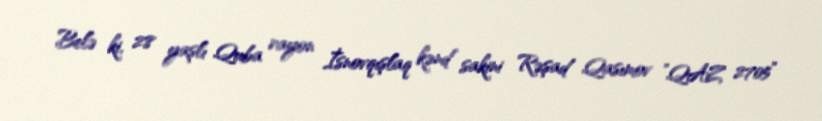
Belə ki, 28 yaşlı Quba rayon İsnovqışlaq kənd sakini Rəşad Qasımov ”QAZ 2705”